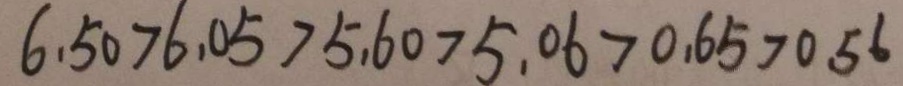
6 . 5 0 > 6 . 0 5 > 5 . 6 0 > 5 . 0 6 > 0 . 6 5 > 0 . 5 6